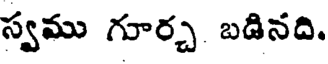
స్వము గూర్చ బడినది.